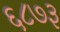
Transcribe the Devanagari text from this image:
६८७३